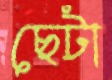
ছেটা